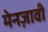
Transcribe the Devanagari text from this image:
मेनज़ावी